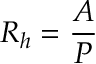
R _ { h } = { \frac { A } { P } }